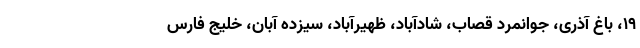
۱۹، باغ آذری، جوانمرد قصاب، شادآباد، ظهیرآباد، سیزده آبان، خلیج فارس